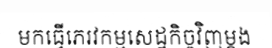
មកធ្វើភេរវកម្មសេដ្ឋកិច្ចវិញម្តង